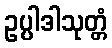
ဥပ္ပါဒါသုတ္တံ